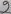
Text: 9